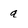
Character: q